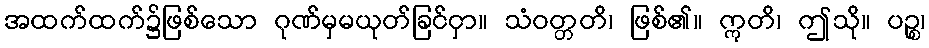
အထက်ထက်၌ဖြစ်သော ဂုဏ်မှမယုတ်ခြင်ငှာ။ သံဝတ္တတိ၊ ဖြစ်၏။ ဣတိ၊ ဤသို။ ပဉ္စ၊